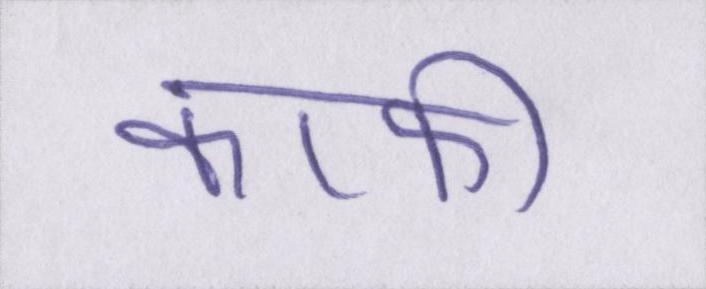
काफी